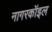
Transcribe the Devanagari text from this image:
नागरकॉइल